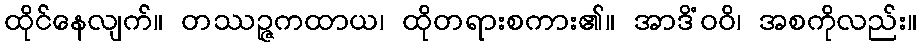
ထိုင်နေလျက်။ တဿဉ္ဇကထာယ၊ ထိုတရားစကား၏။ အာဒိံဝဝိ၊ အစကိုလည်း။